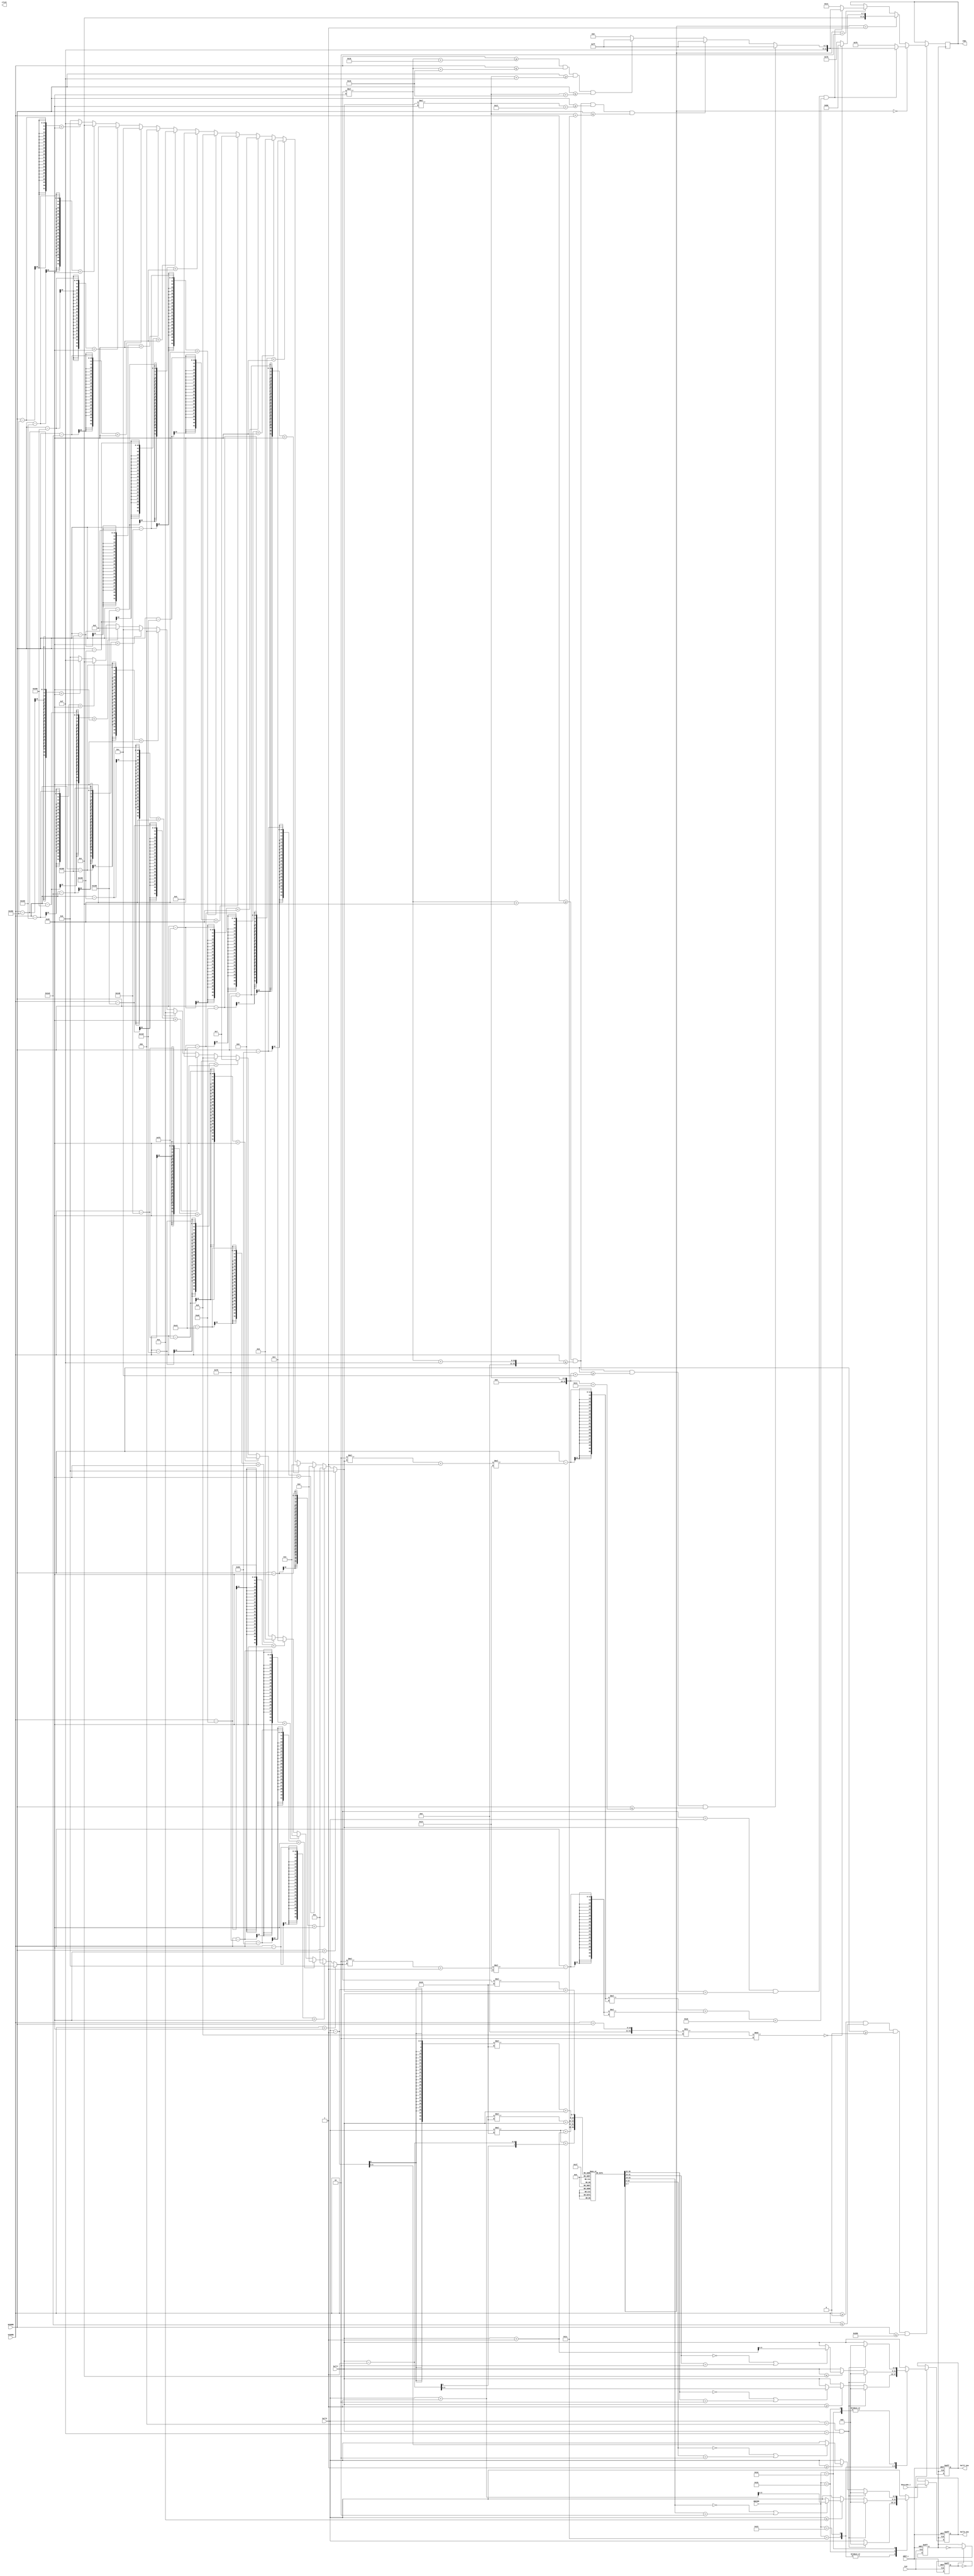
`timescale 1ns / 1ps
//////////////////////////////////////////////////////////////////////////////////
// Company: 
// Engineer: 
// 
// Design Name: 
// Module Name: VGA_controller
// Project Name: 
// Target Devices: 
// Tool Versions: 
// Description: 
// 
// Dependencies: 
// 
// Revision:
// Revision 0.01 - File Created
// Additional Comments:
// 
//////////////////////////////////////////////////////////////////////////////////

module VGA_controller(
    input CLK,              //
    input kbstrobe_i,       //
    input [7:0] KBCODE,     //
    input [9:0] HCOORD,     //
    input [9:0] VCOORD,     //
    input ARST_L,           //
    input [5:0] ballX,
    input [5:0] ballY,
    output reg [5:0] ballX_now,
    output reg [5:0] ballY_now,
    output reg [11:0] CSEL,  //rgb
    output reg click
    );
    
    wire aclr_i;
    reg [7:0] Map[0:11][0:15];      // 1=0=, 2=
    reg SREG, CLKOUT;               //
    wire [4:0] row,col;             //40px

    parameter x_length = 15;     //
    parameter y_height = 11;     //
    
    assign aclr_i = ~ARST_L;    // 
    assign row = (VCOORD<40?0:(VCOORD-40<40?1:(VCOORD-80<40?2:(VCOORD-120<40?3:(VCOORD-160<40?4:(VCOORD-200<40?5:(VCOORD-240<40?6:(VCOORD-280<40?7:(VCOORD-320<40?8:(VCOORD-360<40?9:(VCOORD-400<40?10:(VCOORD-440<40?11:(VCOORD-480<40?12:(VCOORD-520<40?13:(VCOORD-560<40?14:(VCOORD-600<40?15:0))))))))))))))));     //Map
    assign col = (HCOORD<40?0:(HCOORD-40<40?1:(HCOORD-80<40?2:(HCOORD-120<40?3:(HCOORD-160<40?4:(HCOORD-200<40?5:(HCOORD-240<40?6:(HCOORD-280<40?7:(HCOORD-320<40?8:(HCOORD-360<40?9:(HCOORD-400<40?10:(HCOORD-440<40?11:(HCOORD-480<40?12:(HCOORD-520<40?13:(HCOORD-560<40?14:(HCOORD-600<40?15:0))))))))))))))));     //Map
    initial begin   //
        Map[0][0]=2; Map[0][1]=1; Map[0][2]=0; Map[0][3]=0; Map[0][4]=0; Map[0][5]=0; Map[0][6]=0; Map[0][7]=0; 
        Map[0][8]=1; Map[0][9]=1; Map[0][10]=1; Map[0][11]=0; Map[0][12]=0; Map[0][13]=0; Map[0][14]=0; Map[0][15]=0; 
        Map[1][0]=0; Map[1][1]=0; Map[1][2]=1; Map[1][3]=1; Map[1][4]=0; Map[1][5]=1; Map[1][6]=1; Map[1][7]=0; 
        Map[1][8]=0; Map[1][9]=0; Map[1][10]=0; Map[1][11]=0; Map[1][12]=1; Map[1][13]=0; Map[1][14]=1; Map[1][15]=0; 
        Map[2][0]=1; Map[2][1]=0; Map[2][2]=0; Map[2][3]=1; Map[2][4]=0; Map[2][5]=0; Map[2][6]=0; Map[2][7]=1; 
        Map[2][8]=1; Map[2][9]=1; Map[2][10]=0; Map[2][11]=1; Map[2][12]=0; Map[2][13]=0; Map[2][14]=1; Map[2][15]=0; 
        Map[3][0]=0; Map[3][1]=0; Map[3][2]=1; Map[3][3]=0; Map[3][4]=0; Map[3][5]=1; Map[3][6]=0; Map[3][7]=0; 
        Map[3][8]=0; Map[3][9]=0; Map[3][10]=1; Map[3][11]=1; Map[3][12]=1; Map[3][13]=0; Map[3][14]=1; Map[3][15]=0; 
        Map[4][0]=1; Map[4][1]=0; Map[4][2]=1; Map[4][3]=1; Map[4][4]=1; Map[4][5]=0; Map[4][6]=1; Map[4][7]=1; 
        Map[4][8]=1; Map[4][9]=0; Map[4][10]=1; Map[4][11]=0; Map[4][12]=0; Map[4][13]=0; Map[4][14]=1; Map[4][15]=0; 
        Map[5][0]=1; Map[5][1]=0; Map[5][2]=0; Map[5][3]=0; Map[5][4]=0; Map[5][5]=0; Map[5][6]=0; Map[5][7]=0; 
        Map[5][8]=1; Map[5][9]=0; Map[5][10]=1; Map[5][11]=0; Map[5][12]=1; Map[5][13]=1; Map[5][14]=0; Map[5][15]=1; 
        Map[6][0]=1; Map[6][1]=0; Map[6][2]=1; Map[6][3]=0; Map[6][4]=1; Map[6][5]=1; Map[6][6]=0; Map[6][7]=1; 
        Map[6][8]=1; Map[6][9]=0; Map[6][10]=1; Map[6][11]=0; Map[6][12]=0; Map[6][13]=1; Map[6][14]=0; Map[6][15]=1; 
        Map[7][0]=1; Map[7][1]=0; Map[7][2]=1; Map[7][3]=1; Map[7][4]=0; Map[7][5]=1; Map[7][6]=0; Map[7][7]=1; 
        Map[7][8]=0; Map[7][9]=0; Map[7][10]=1; Map[7][11]=0; Map[7][12]=1; Map[7][13]=1; Map[7][14]=0; Map[7][15]=1; 
        Map[8][0]=0; Map[8][1]=0; Map[8][2]=0; Map[8][3]=1; Map[8][4]=0; Map[8][5]=0; Map[8][6]=0; Map[8][7]=0; 
        Map[8][8]=1; Map[8][9]=0; Map[8][10]=1; Map[8][11]=0; Map[8][12]=0; Map[8][13]=0; Map[8][14]=0; Map[8][15]=0; 
        Map[9][0]=0; Map[9][1]=1; Map[9][2]=0; Map[9][3]=1; Map[9][4]=0; Map[9][5]=1; Map[9][6]=1; Map[9][7]=1; 
        Map[9][8]=0; Map[9][9]=0; Map[9][10]=0; Map[9][11]=1; Map[9][12]=1; Map[9][13]=1; Map[9][14]=1; Map[9][15]=0; 
        Map[10][0]=1; Map[10][1]=1; Map[10][2]=0; Map[10][3]=1; Map[10][4]=0; Map[10][5]=1; Map[10][6]=0; Map[10][7]=1; 
        Map[10][8]=0; Map[10][9]=1; Map[10][10]=0; Map[10][11]=1; Map[10][12]=0; Map[10][13]=1; Map[10][14]=0; Map[10][15]=0; 
        Map[11][0]=0; Map[11][1]=0; Map[11][2]=0; Map[11][3]=1; Map[11][4]=0; Map[11][5]=0; Map[11][6]=0; Map[11][7]=0; 
        Map[11][8]=0; Map[11][9]=1; Map[11][10]=0; Map[11][11]=0; Map[11][12]=0; Map[11][13]=1; Map[11][14]=1; Map[11][15]=2;
    end
    
    //
    ////
    always @(posedge CLKOUT) begin
        if(VCOORD>=0&&VCOORD<=480&&HCOORD>=0&&HCOORD<=640) begin
            if(Map[row][col]==0) begin          // 
                if(row==ballX&&col==ballY&&((HCOORD-(2*col+1)*20)*(HCOORD-(2*col+1)*20)+(VCOORD-(2*row+1)*20)*(VCOORD-(2*row+1)*20)<13*13)) begin
                    if(VCOORD>=row*40+14&& VCOORD<=row*40+15 && HCOORD>=col*40+12 && HCOORD<=col*40+17)     //
                        CSEL<=12'hFFF;
                    else if(VCOORD>=row*40+14&& VCOORD<=row*40+15 && HCOORD>=col*40+23 && HCOORD<=col*40+28)//
                        CSEL<=12'hFFF;
                    else if(VCOORD>=row*40+24&& VCOORD<=row*40+25 && HCOORD>=col*40+15 && HCOORD<=col*40+25)
                        CSEL<=12'hFFF;
                    else
                        CSEL<=12'hF00;              // 
                end
                else CSEL<=12'h0F0;
            end
            else if(Map[row][col]==1) begin     // 
                // 
                if(((VCOORD+HCOORD)/8)%2==0) CSEL<=12'b1110_1011_0000;
                else CSEL<=12'b1110_0111_0000;
            end
            else if(Map[row][col]==2) begin     // 
                if(row==ballX&&col==ballY&&((HCOORD-(2*col+1)*20)*(HCOORD-(2*col+1)*20)+(VCOORD-(2*row+1)*20)*(VCOORD-(2*row+1)*20)<13*13)) begin
                    if(VCOORD>=row*40+14&& VCOORD<=row*40+15 && HCOORD>=col*40+12 && HCOORD<=col*40+17)     //
                        CSEL<=12'hFFF;
                    else if(VCOORD>=row*40+14&& VCOORD<=row*40+15 && HCOORD>=col*40+23 && HCOORD<=col*40+28)//
                        CSEL<=12'hFFF;
                    else if(VCOORD>=row*40+24&& VCOORD<=row*40+25 && HCOORD>=col*40+15 && HCOORD<=col*40+25)
                        CSEL<=12'hFFF;
                    else
                        CSEL<=12'hF00;              // 
                end
                else CSEL<=12'b0000_1100_1110;
            end
        end
    end
    
    //
    always @(posedge CLKOUT or posedge aclr_i) begin
        if(aclr_i) begin
            ballX_now <= 0;
            ballY_now <= 0;
        end 
        else if (kbstrobe_i) begin
                case(KBCODE)
                    // 
                    8'h1C : begin //
                    //4'b1000: begin
                        if(ballY>=1) begin
                            if(Map[ballX][ballY-1]==0||Map[ballX][ballY-1]==2) begin
                                ballY_now<=ballY-1; ballX_now<=ballX;
                            end
                            else begin
                                //click<=1;
                                ballX_now=ballX; ballY_now=ballY;
                            end
                        end
                        else begin
                            ballX_now=ballX; ballY_now=ballY;
                        end
                        if(ballX==y_height && ballY==x_length) begin
                            ballX_now<=0; ballY_now<=0;
                        end
                    end                       
                    8'h23 : begin //
                    //4'b0100: begin
                        if(ballY<=x_length-1) begin
                            if(Map[ballX][ballY+1]==0||Map[ballX][ballY+1]==2)begin
                            ballY_now<=ballY+1;  ballX_now<=ballX;
                            end
                            else begin
                                ballX_now=ballX; ballY_now=ballY;
                            end
                        end
                        else begin
                            ballX_now=ballX; ballY_now=ballY;
                        end
                        if(ballX==y_height && ballY==x_length) begin
                            ballX_now<=0; ballY_now<=0;
                        end
                    end
                    8'h1B : begin //
                    //4'b0010: begin
                        if(ballX<=y_height-1) begin
                            if(Map[ballX+1][ballY]==0||Map[ballX+1][ballY]==2)begin
                            ballX_now=ballX+1; ballY_now=ballY; 
                            end
                            else begin
                                ballX_now=ballX; ballY_now=ballY;
                            end
                        end
                        else begin
                            ballX_now=ballX; ballY_now=ballY;
                        end
                        if(ballX==y_height && ballY==x_length) begin
                            ballX_now<=0; ballY_now<=0;
                        end
                    end
                    8'h1D : begin //
                    //4'b0001: begin
                        if(ballX>=1) begin
                            if(Map[ballX-1][ballY]==0||Map[ballX-1][ballY]==2)begin
                            ballX_now=ballX-1; ballY_now=ballY;
                            end
                            else begin
                                ballX_now=ballX; ballY_now=ballY;
                            end
                        end
                        else begin
                            ballX_now=ballX; ballY_now=ballY;
                        end
                        if(ballX==y_height && ballY==x_length) begin
                            ballX_now=0; ballY_now=0;
                        end
                    end
                    default: begin
                        ballX_now=ballX; ballY_now=ballY;
                    end
                endcase
        end
    end
    
    //
    //2
    always @(posedge CLK or posedge aclr_i) begin
        if(aclr_i) begin
            SREG <= 1'b0;
        end
        else begin
            SREG <= ~SREG;
        end
    end
    //4
    always @(posedge CLK or posedge aclr_i) begin
        if(aclr_i) begin
            CLKOUT <= 1'b0;
        end
        else if(SREG) begin
            CLKOUT <= ~CLKOUT;
        end
    end
endmodule